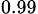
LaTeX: _{0.99}